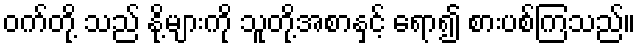
ဝက်တို့ သည် နို့များကို သူတို့အစာနှင့် ရော၍ စားပစ်ကြသည်။